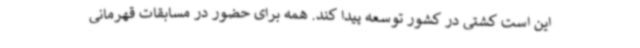
این است کشتی در کشور توسعه پیدا کند. همه برای حضور در مسابقات قهرمانی